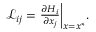
\begin{array} { r } { { \mathcal { L } } _ { i j } = \frac { \partial H _ { i } } { \partial { x _ { j } } } \bigg \vert _ { x = { x } ^ { * } } . } \end{array}